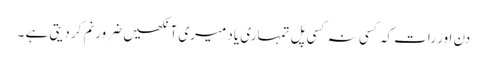
دن اور رات کہ کسی نہ کسی پَل تمہاری یاد میری آنکھیں ضرور نم کر دیتی ہے ۔